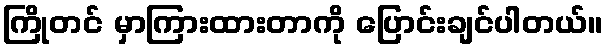
ကြိုတင် မှာကြားထားတာကို ပြောင်းချင်ပါတယ်။